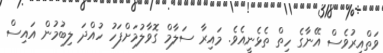
ވަތްއިރުވެސް އޭނާގެ ހިތް ތެޅެނީއެވެ. މައިރާ ސަލާމް ގޮވާލުމަށްފަހު ހުއްދަ ލިބުމުން އައިސް